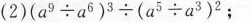
(2)$$( a ^ { 9 } \div a^ { 6} ) ^ { 3 } \div ( a ^ { 5 } \div a ^ { 3 } ) ^ { 2 }$$；